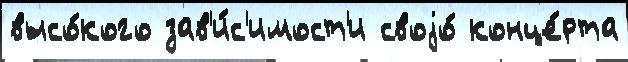
высо́кого зав'и́с'имост'и своjо́ конце́рта